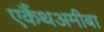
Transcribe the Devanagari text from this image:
एकैंथअमीबा